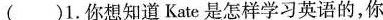
( )1.你想知道 Kate 是怎样学习英语的,你